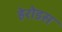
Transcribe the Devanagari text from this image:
हेरोडस